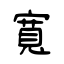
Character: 寬